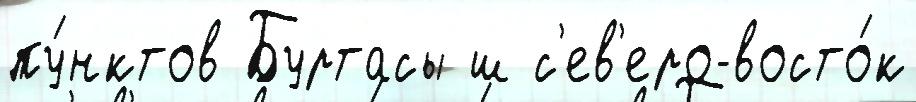
пу́нктов Буртасы ш с'ев'еро-восто́к